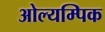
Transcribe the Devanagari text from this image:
ओल्यम्पिक